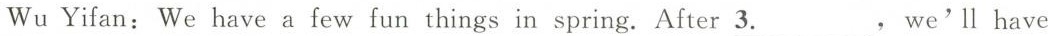
Wu Yifan: We have a few fun things in spring. After \underline{3.}，we'll have